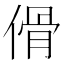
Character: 傦